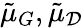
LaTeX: \tilde{\mu}_{G},\tilde{\mu}_{\mathcal{D}}